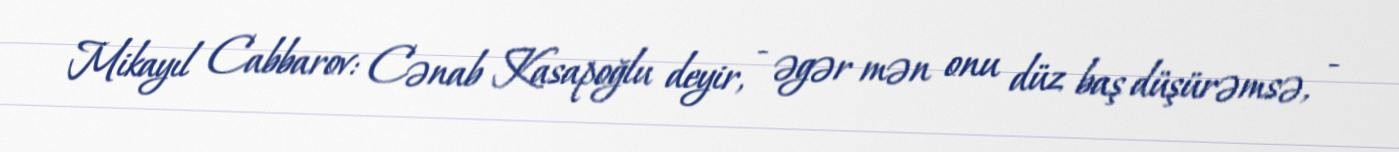
Mikayıl Cabbarov: Cənab Kasapoğlu deyir, - əgər mən onu düz baş düşürəmsə, -